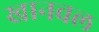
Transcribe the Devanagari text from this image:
खानवल